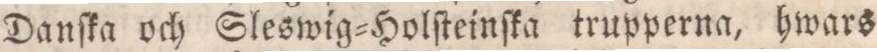
Danſka och Sleswig=Holſteinſka trupperna, hwars